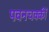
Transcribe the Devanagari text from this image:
पवनचक्कीं